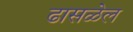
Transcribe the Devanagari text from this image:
ढासळेल